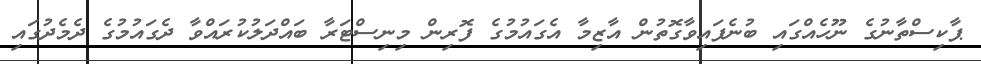
ޕާކިސްތާނުގެ ނޫހެއްގައި ބުނެފައިވާގޮތުން އާޒިމާ އެގައުމުގެ ފޮރިން މިނިސްޓަރާ ބައްދަލުކުރައްވާ ދެގައުމުގެ ދެމެދުގައި